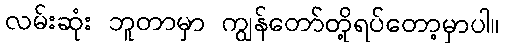
လမ်းဆုံး ဘူတာမှာ ကျွန်တော်တို့ရပ်တော့မှာပါ။